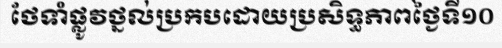
ថែទាំផ្លូវថ្នល់ប្រកបដោយប្រសិទ្ធភាពថ្ងៃទី១០